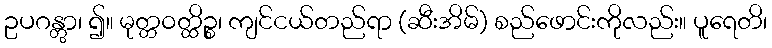
ဥပဂန္တွာ၊ ၍။ မုတ္တဝတ္ထိဉ္စ၊ ကျင်ငယ်တည်ရာ (ဆီးအိမ်) စည်ဖောင်းကိုလည်း။ ပူရေတိ၊